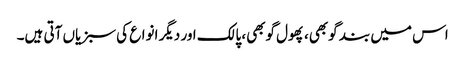
اس میں بند گوبھی، پھول گوبھی، پالک اور دیگر انواع کی سبزیاں آتی ہیں۔